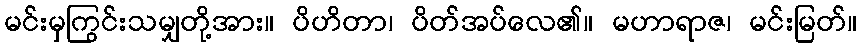
မင်းမှကြွင်းသမျှတို့အား။ ပိဟိတာ၊ ပိတ်အပ်လေ၏။ မဟာရာဇ၊ မင်းမြတ်။